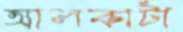
আলকাটা